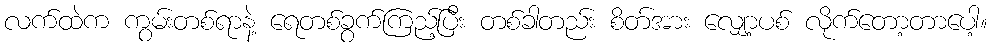
လက်ထဲက ကွမ်းတစ်ရာနဲ့ ရေတစ်ခွက်ကြည့်ပြီး တစ်ခါတည်း စိတ်အား လျှော့ပစ် လိုက်တော့တာပေါ့။